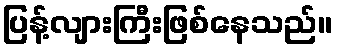
ပြန့်လျားကြီးဖြစ်နေသည်။